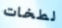
لطخات